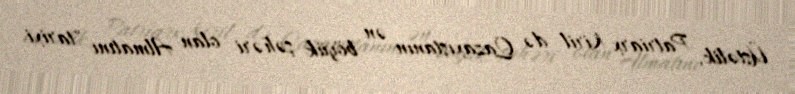
Üstəlik, Patriarx Kiril də Qazaxıstanın ən böyük şəhəri olan Almatını "tarixi